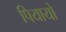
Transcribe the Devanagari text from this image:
पियायो